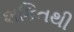
શકિતથી